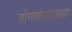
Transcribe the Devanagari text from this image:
डोंगरांसारख्या